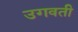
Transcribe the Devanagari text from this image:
उगवती